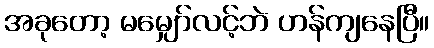
အခုတော့ မမျှော်လင့်ဘဲ ဟန်ကျနေပြီ။